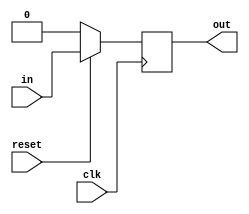
module DFF (
    input in, input clk, input reset, output reg out
);
    always @(posedge clk ) begin
        if (reset == 1'b0) begin
            out <= 1'b0;
        end
        else begin
            out <= in;
        end
    end
endmodule

module nDFF #(
    parameter n = 64
) (
    input [n-1:0] in, input clk, input reset, output [n-1:0] out
);
    genvar i;
    generate
        for (i = 0; i < n; i = i + 1) begin: init
            DFF dff (in[i], clk, reset, out[i]);
        end
    endgenerate
endmodule